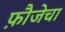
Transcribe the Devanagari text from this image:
फ़ौजेचा